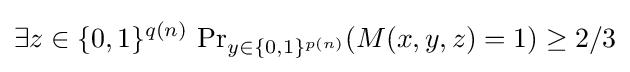
\exists z\in \{0,1\}^{q(n)}\,\Pr \nolimits _{y\in \{0,1\}^{p(n)}}(M(x,y,z)=1)\geq 2/3